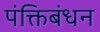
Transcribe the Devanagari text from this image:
पंक्तिबंधन